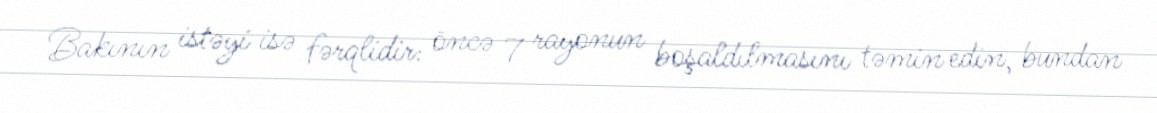
Bakının istəyi isə fərqlidir: öncə 7 rayonun boşaldılmasını təmin edin, bundan